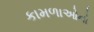
કામળાઓનો